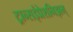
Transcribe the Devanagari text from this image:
ट्रान्सइंप्रेशनिझम्